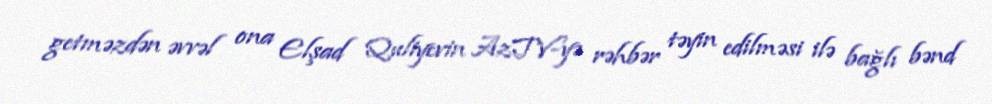
getməzdən əvvəl ona Elşad Quliyevin AzTV-yə rəhbər təyin edilməsi ilə bağlı bənd